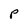
Character: P